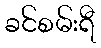
ခင်စမ်းရီ